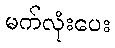
မက်လုံးပေး